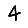
Digit: 4